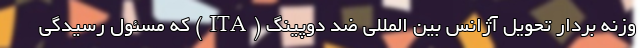
وزنه بردار تحویل آژانس بین المللی ضد دوپینگ (ITA) که مسئول رسیدگی